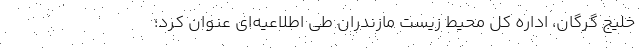
خلیج گرگان، اداره کل محیط زیست مازندران طی اطلاعیه‌ای عنوان کرد؛